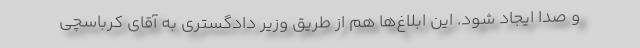
و صدا ایجاد شود. این ابلاغ‌ها هم از طریق وزیر دادگستری به آقای کرباسچی